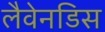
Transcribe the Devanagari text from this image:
लैवेनडिस